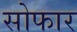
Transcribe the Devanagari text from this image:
सोफार